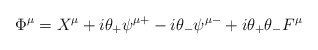
\begin{align*}\Phi ^\mu =X^\mu +i\theta _{+}\psi ^{\mu +}-i\theta _{-}\psi ^{\mu-}+i\theta _{+}\theta _{-}F^\mu\end{align*}